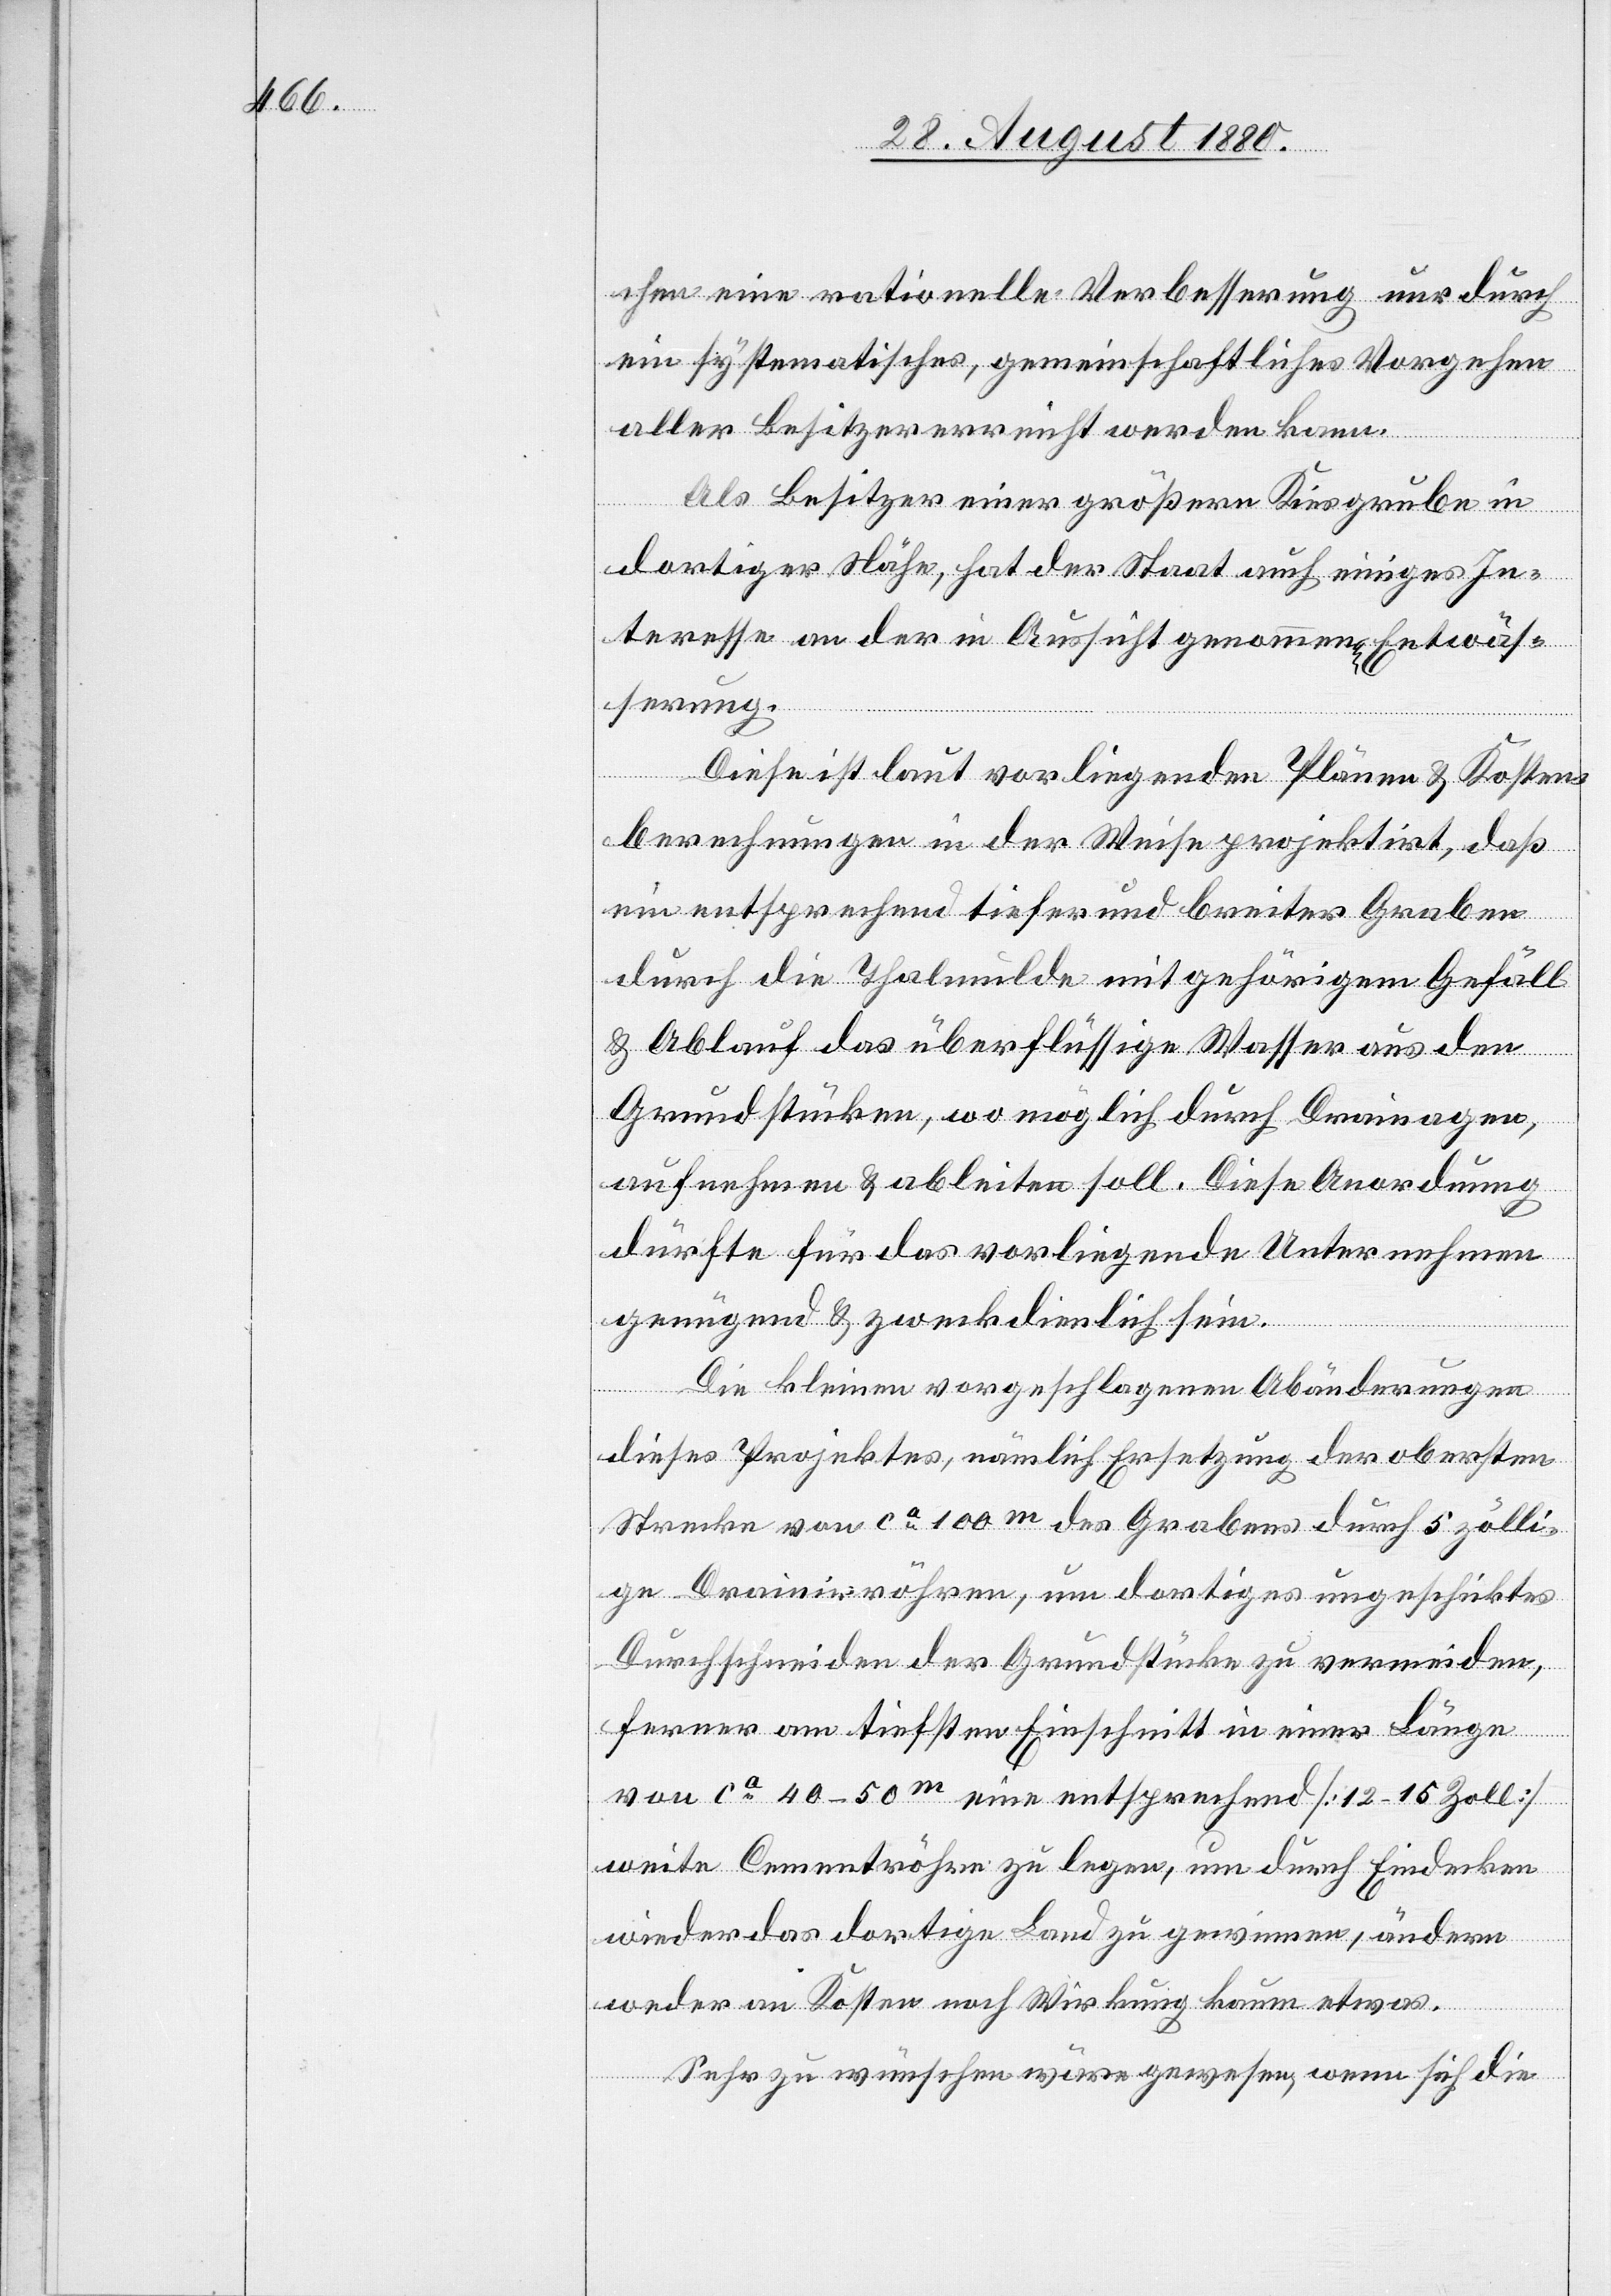
chen eine rationelle Verbesserung nur durch
ein systematisches, gemeinschaftliches Vorgehen
aller Besitzer erreicht werden kann.
Als Besitzer einer größeren Kiesgrube in
dortiger Nähe, hat der Staat auch einiges In¬
teresse an der in Aussicht genommenen Entwäs¬
serung.
Diese ist laut vorliegenden Plänen & Kosten¬
berechnungen in der Weise projektirt, daß
ein entsprechend tiefer und breiter Graben
durch die Thalmulde mit gehörigem Gefäll
& Ablauf das überflüssige Wasser aus den
Grundstücken, wo möglich durch Drainagen,
aufnehmen & ableiten soll. Diese Anordnung
dürfte für das vorliegende Unternehmen
genügend & zweckdienlich sein.
Die kleinen vorgeschlagenen Abänderungen
dieses Projektes, nämlich Ersetzung der obersten
Strecke von ca 100 m des Grabens durch 5 zölli¬
ge Drainirröhren, um dortiges ungeschicktes
Durchschneiden der Grundstücke zu vermeiden,
ferner am tiefsten Einschnitt in einer Länge
von ca 40–50 m eine entsprechend [12–15 Zoll]
weite Cementröhre zu legen, um durch Eindecken
wieder das dortige Land zu gewinnen, ändern
weder an Kosten noch Wirkung kaum etwas.
Sehr zu wünschen wäre gewesen, wenn sich die